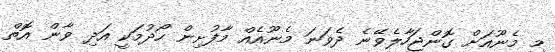
މި މެނޫއަށް ގޮންޖަހާލެވޭނެ ދެވަނަ މެނޫއެއް މާފުށިން ހޯދުމަކީ އަދި ވާން އޮތް